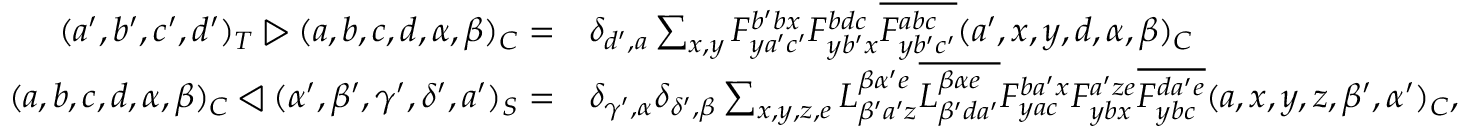
\begin{array} { r l } { ( a ^ { \prime } , b ^ { \prime } , c ^ { \prime } , d ^ { \prime } ) _ { T } \triangleright ( a , b , c , d , \alpha , \beta ) _ { C } = } & { \delta _ { d ^ { \prime } , a } \sum _ { x , y } F _ { y a ^ { \prime } c ^ { \prime } } ^ { b ^ { \prime } b x } F _ { y b ^ { \prime } x } ^ { b d c } \overline { { F _ { y b ^ { \prime } c ^ { \prime } } ^ { a b c } } } ( a ^ { \prime } , x , y , d , \alpha , \beta ) _ { C } } \\ { ( a , b , c , d , \alpha , \beta ) _ { C } \triangleleft ( \alpha ^ { \prime } , \beta ^ { \prime } , \gamma ^ { \prime } , \delta ^ { \prime } , a ^ { \prime } ) _ { S } = } & { \delta _ { \gamma ^ { \prime } , \alpha } \delta _ { \delta ^ { \prime } , \beta } \sum _ { x , y , z , e } L _ { \beta ^ { \prime } a ^ { \prime } z } ^ { \beta \alpha ^ { \prime } e } \overline { { L _ { \beta ^ { \prime } d a ^ { \prime } } ^ { \beta \alpha e } } } F _ { y a c } ^ { b a ^ { \prime } x } F _ { y b x } ^ { a ^ { \prime } z e } \overline { { F _ { y b c } ^ { d a ^ { \prime } e } } } ( a , x , y , z , \beta ^ { \prime } , \alpha ^ { \prime } ) _ { C } , } \end{array}